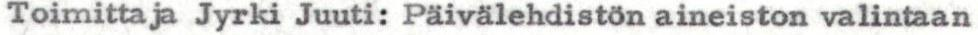
Toimittaja Jyrki Juuti: Päivälehdistön aineiston valintaan